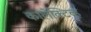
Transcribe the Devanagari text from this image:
कालेक्टिव्ह